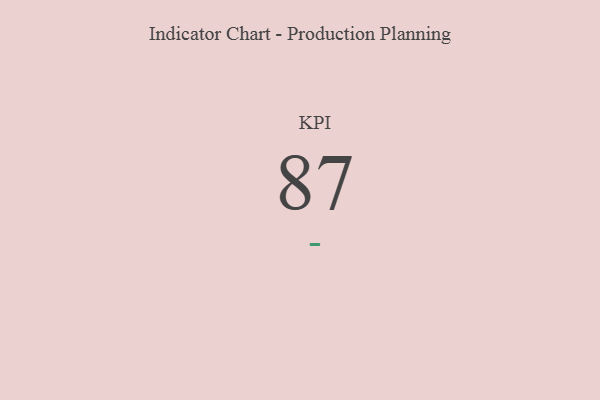
{"axis": {"x": "KPI", "y": "Value"}, "legend": [""], "data": [{"x": "KPI", "y": 87, "type": ""}]}